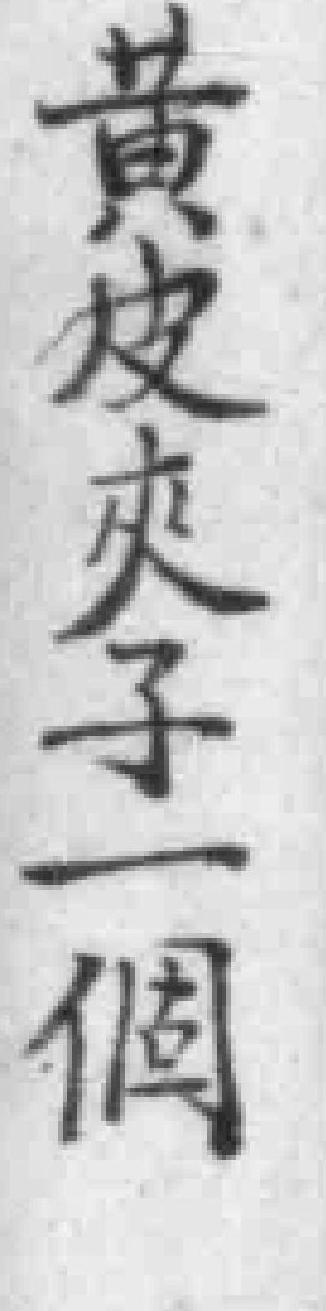
黄皮夾子一個